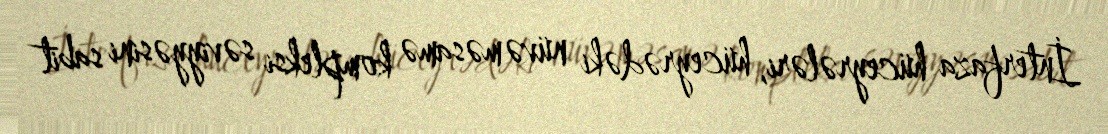
İnterfaza hüceyrələri, hüceyrədəki nüvə məsamə kompleksi səviyyəsini sabit